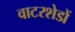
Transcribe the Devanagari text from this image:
वाटरशेडों